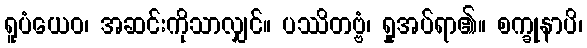
ရူပံယေဝ၊ အဆင်းကိုသာလျှင်။ ပဿိတဗ္ဗံ၊ ရှုအပ်ရာ၏။ စက္ခုနာပိ၊